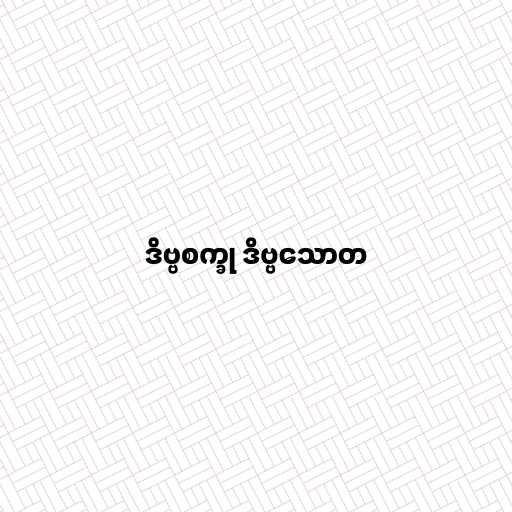
ဒိဗ္ဗစက္ခု ဒိဗ္ဗသောတ